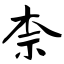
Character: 柰